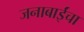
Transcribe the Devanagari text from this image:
जनाबाईंचा